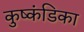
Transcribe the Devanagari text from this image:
कुष्कंडिका